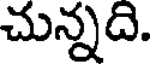
చున్నది.